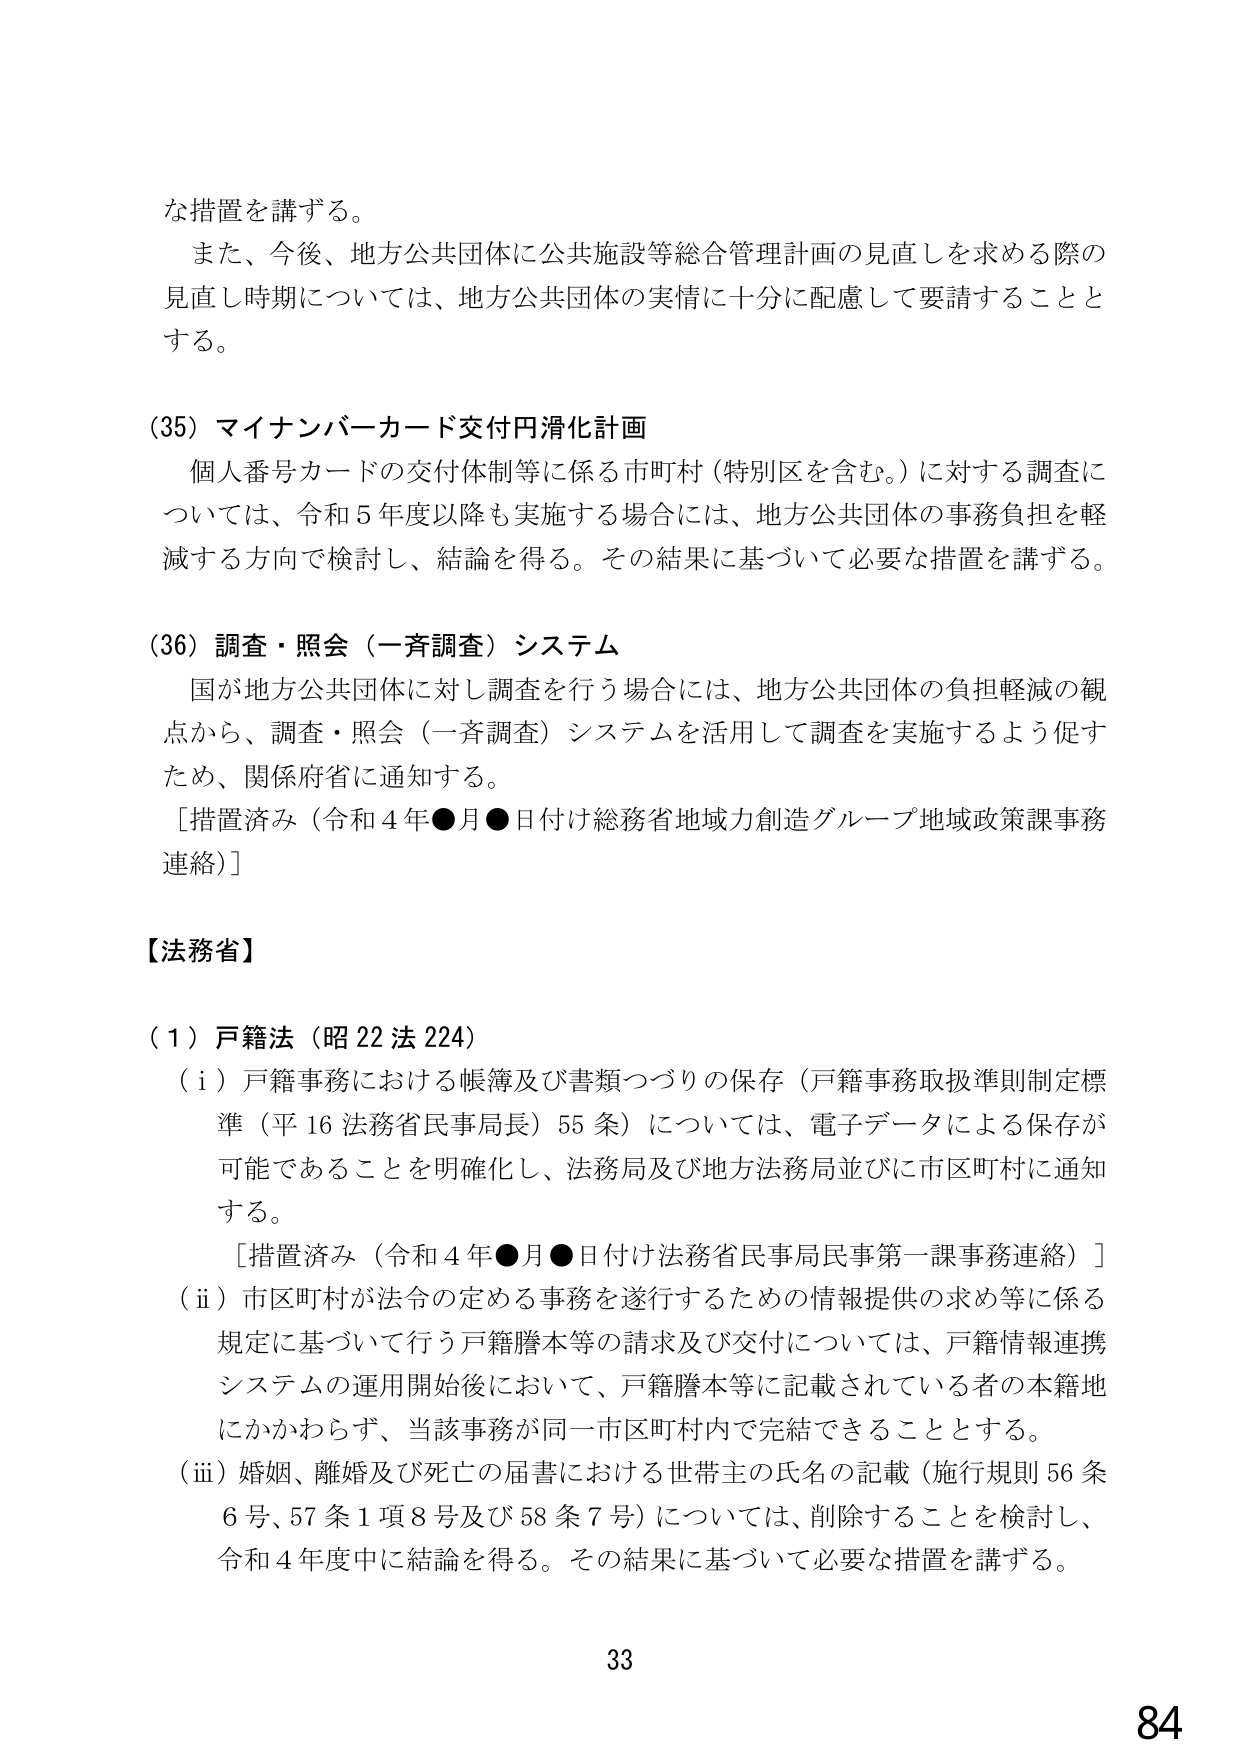
な措置を講ずる。

また、今後、地方公共団体に公共施設等総合管理計画の見直しを求める際の
見直し時期については、地方公共団体の実情に十分に配慮して要請することと
する。

(35) マイナンバーカード交付円滑化計画
個人番号カードの交付体制等に係る市町村（特別区を含む。）に対する調査に
ついては、令和5年度以降も実施する場合には、地方公共団体の事務負担を軽
減する方向で検討し、結論を得る。その結果に基づいて必要な措置を講ずる。

(36) 調査・照会（一斉調査）システム
国が地方公共団体に対し調査を行う場合には、地方公共団体の負担軽減の観
点から、調査・照会（一斉調査）システムを活用して調査を実施するよう促す
ため、関係府省に通知する。
［措置済み（令和4年●月●日付け総務省地域力創造グループ地域政策課事務
連絡）］

【法務省】

(1) 戸籍法（昭22法224）
(i) 戸籍事務における帳簿及び書類つづりの保存（戸籍事務取扱準則制定標
準（平16法務省民事局長）55条）については、電子データによる保存が
可能であることを明確化し、法務局及び地方法務局並びに市区町村に通知
する。
［措置済み（令和4年●月●日付け法務省民事局民事第一課事務連絡）］
(ii) 市区町村が法令の定める事務を遂行するための情報提供の求め等に係る
規定に基づいて行う戸籍謄本等の請求及び交付については、戸籍情報連携
システムの運用開始後において、戸籍謄本等に記載されている者の本籍地
にかかわらず、当該事務が同一市区町村内で完結できることとする。
(iii) 婚姻、離婚及び死亡の届書における世帯主の氏名の記載（施行規則56条
6号、57条1項8号及び58条7号）については、削除することを検討し、
令和4年度中に結論を得る。その結果に基づいて必要な措置を講ずる。

33
84